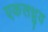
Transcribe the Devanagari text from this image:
एकलध्रुव